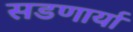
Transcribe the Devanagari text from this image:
सडणार्या